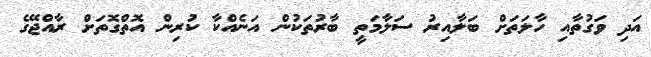
އަދި ވަގުތާއި ހާލަތަށް ބަލާއިރު ސަލާމަތީ ބާރުތަކުން އަނެއްކާ ކުރިން އޮތްގޮތަށް ރާއްޖޭގެ